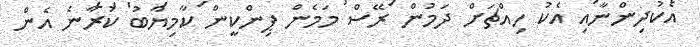
އެކުދިންނާއި އެކު ހިއްޗަށް ދަމުން ރޭސް މަމެން ޕިންކީން ކާމިޔާބު ކުރާނެ އެން